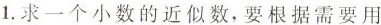
1.求一个小数的近似数，要根据需要用